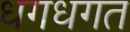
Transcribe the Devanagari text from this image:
धगधगत